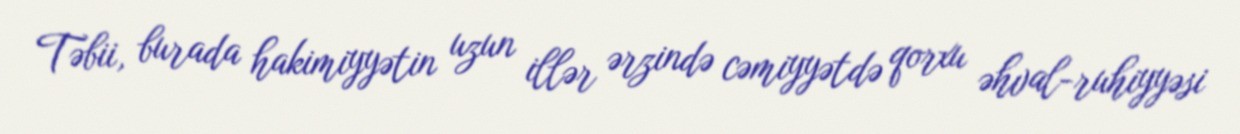
Təbii, burada hakimiyyətin uzun illər ərzində cəmiyyətdə qorxu əhval-ruhiyyəsi